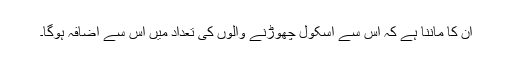
ان کا ماننا ہے کہ اس سے اسکول چھوڑنے والوں کی تعداد میں اس سے اضافہ ہوگا۔